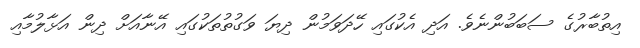
އިތުބާރުގެ ސަބަބުންނެވެ. އަދި އެކުގައި ހޭދަވަމުން ދިޔަ ވަގުތުތަކުގައި އޭނާއަށް ދިން އަޅާލުމާއި